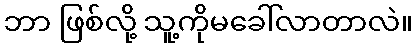
ဘာ ဖြစ်လို့ သူ့ကိုမခေါ်လာတာလဲ။